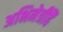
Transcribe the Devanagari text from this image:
अभिनेत्रीहैं